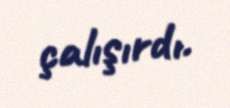
çalışırdı.